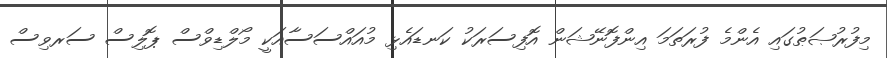
މިފުރުޞަޠުގައި އެންމެ ފުރަތަމަ އިންފޮނޭޝަން އޮފިސަރަކު ކަނޑައެޅި މުއައްސަސާއަކީ މޯލްޑިވްސް ޕޮލިސް ސަރވިސް